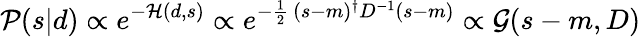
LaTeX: {\mathcal{P}}(s|d)\propto e^{-{\mathcal{H}}(d,s)}\propto e^{-{\frac{1}{2}}\, (s-m)^{\dagger}D^{-1}(s-m)}\propto{\mathcal{G}}(s-m,D)